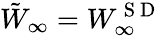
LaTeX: \tilde{W}_{\infty}=W_{\infty}^{\mathrm{~S~D~}}